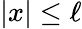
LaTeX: |x|\leq\ell